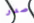
صدر